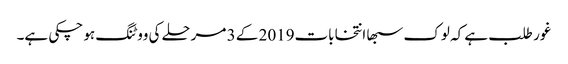
غور طلب ہے کہ لوک سبھا انتخابات2019 کے 3 مرحلے کی ووٹنگ ہو چکی ہے۔